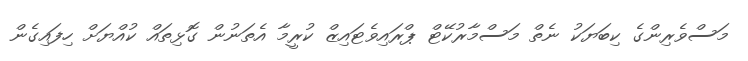
މަސްވެރިންގެ ކިބަޔަކު ނެތް މަސްމާރުކޭޓް ޕްރައިވެޓައިޒް ކުރީމާ އެތަނުން ގޮޅިތައް ކުއްޔަށް ހިފައިގެން